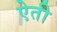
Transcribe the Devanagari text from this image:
ऐती